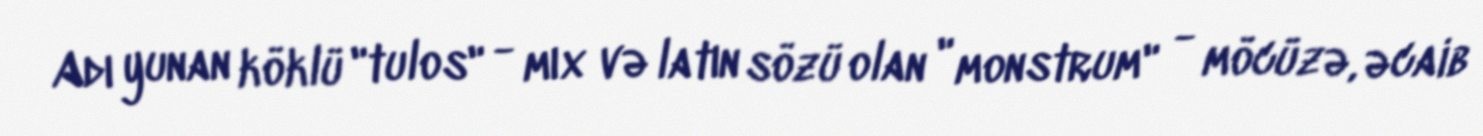
Adı yunan köklü "tulos" - mıx və latın sözü olan " monstrum" - möcüzə, əcaib